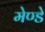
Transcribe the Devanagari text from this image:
मेण्डे